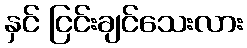
နှင် ငြင်းချင်သေးလား